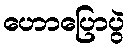
ဟောပြောပွဲ